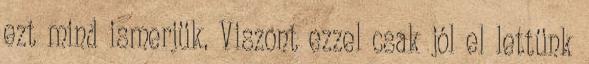
ezt mind ismerjük. Viszont ezzel csak jól el lettünk